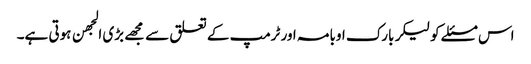
اس مسئلے کو لیکر بارک اوبامہ اور ٹرمپ کے تعلق سے مجهے بڑی الجهن ہوتی ہے۔